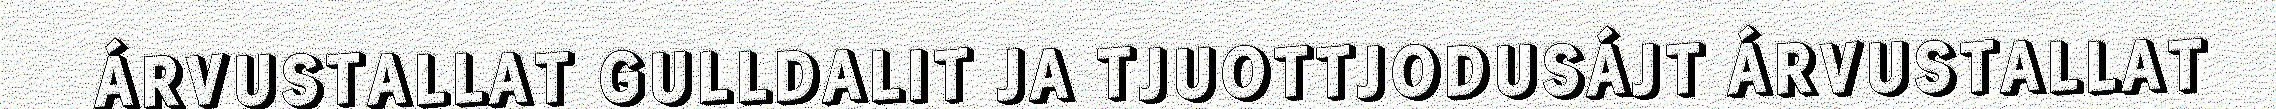
ÁRVUSTALLAT GULLDALIT JA TJUOTTJODUSÁJT ÁRVUSTALLAT